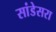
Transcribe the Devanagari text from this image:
सांडेसरा